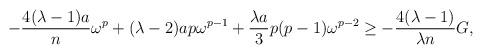
LaTeX: \begin{align*}-\frac{4(\lambda-1)a}{n} \omega^{p}+ (\lambda-2) ap\omega^{p-1}+\frac{\lambda a}{3} p(p-1)\omega^{p-2} \geq -\frac{4(\lambda-1)}{\lambda n}G,\\\end{align*}